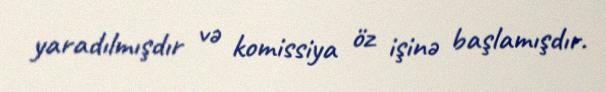
yaradılmışdır və komissiya öz işinə başlamışdır.